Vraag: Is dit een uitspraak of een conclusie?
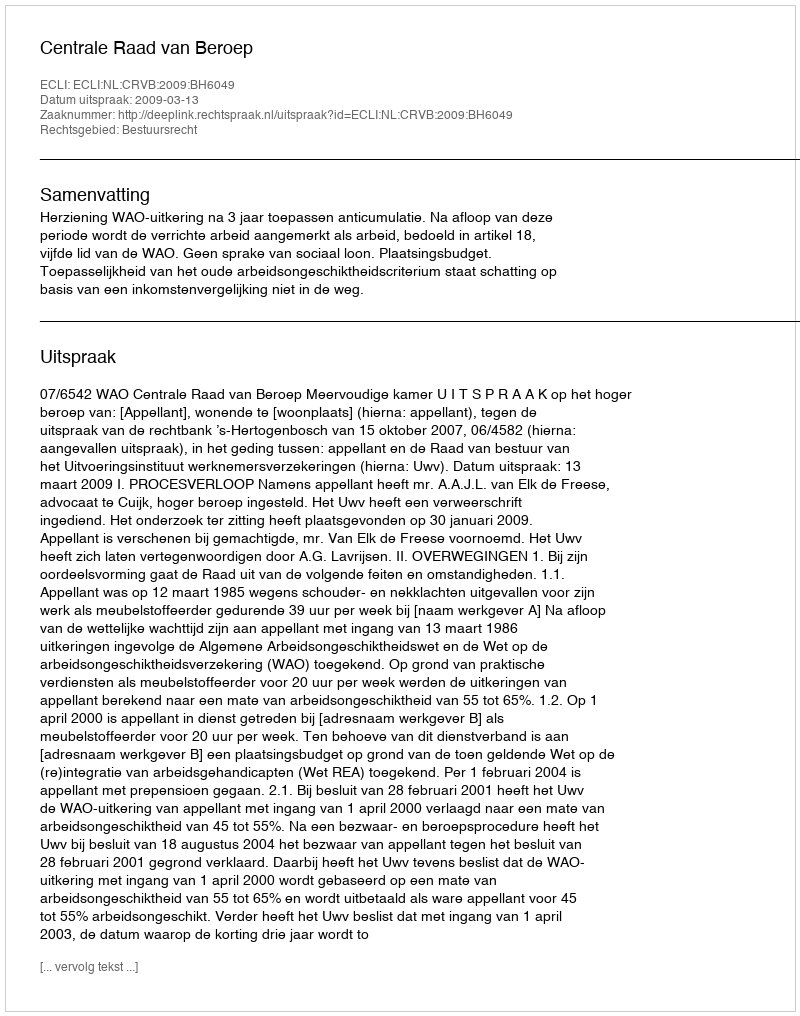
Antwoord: Uitspraak